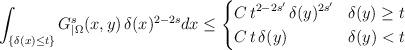
LaTeX: \begin{align*}\int_{\{\delta(x)\leq t\}}G_{|\Omega}^s(x,y)\,\delta(x)^{2-2s}dx\leq\left\lbrace\begin{aligned}& C\,t^{2-2s'}\,\delta(y)^{2s'} & \delta(y)\geq t \\& C\,t\,\delta(y) & \delta(y)<t\end{aligned}\right.\end{align*}